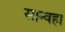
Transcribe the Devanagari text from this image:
सान्वहा